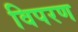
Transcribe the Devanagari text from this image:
विपरण